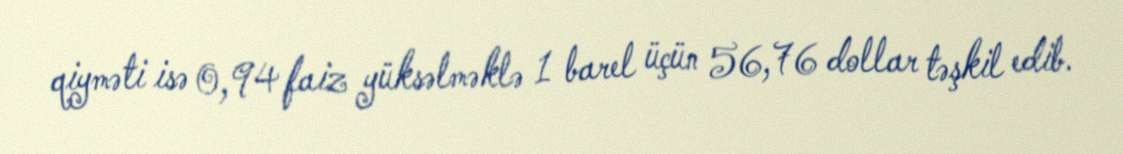
qiyməti isə 0,94 faiz yüksəlməklə 1 barel üçün 56,76 dollar təşkil edib.